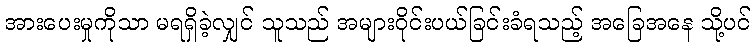
အားပေးမှုကိုသာ မရရှိခဲ့လျှင် သူသည် အများဝိုင်းပယ်ခြင်းခံရသည့် အခြေအနေ သို့ပင်